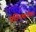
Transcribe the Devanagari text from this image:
प्रतियथार्थका